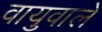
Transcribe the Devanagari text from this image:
वायुवाले